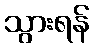
သွားရန်